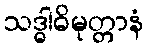
သဒ္ဓါဓိမုတ္တာနံ